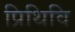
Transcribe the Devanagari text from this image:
प्रिथिवि